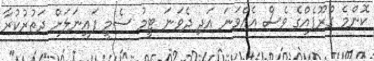
ކޮންމެ ގްރޫޕެއްގެ ވެސް އެއްވަނަ އަދި ދެވަނަ ޓީމު ސެމީ ފައިނަލަށް ދަތުރުކުރާ